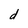
Character: d